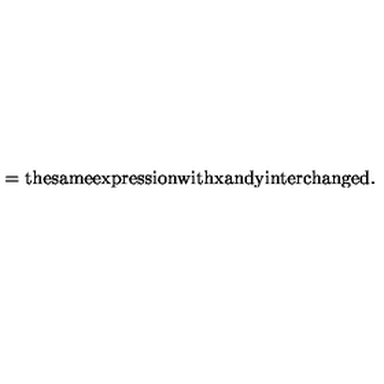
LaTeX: = \mathrm { t h e s a m e e x p r e s s i o n w i t h x a n d y i n t e r c h a n g e d . }